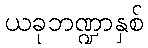
ယခုဘဏ္ဍာနှစ်